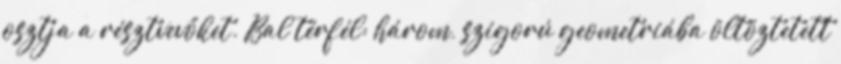
osztja a résztvevőket. Bal térfél: három, szigorú geometriába öltöztetett